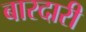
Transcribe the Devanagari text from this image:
बारदारी